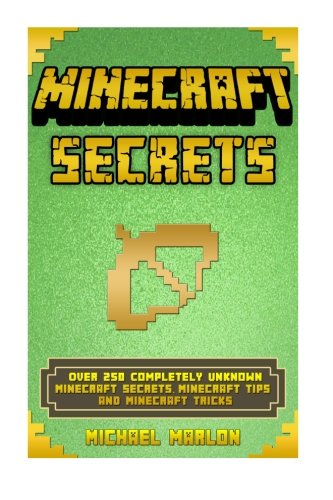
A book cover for Minecraft: Minecraft Secrets Handbook: Over 250 Completely Unknown Minecraft Secrets, Tips and Tricks; Michael Minecraft; Humor & Entertainment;